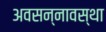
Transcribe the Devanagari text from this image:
अवसन्नावस्था